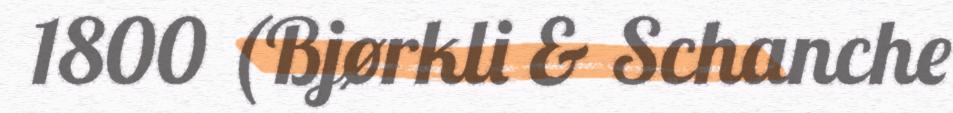
1800 (Bjørkli & Schanche